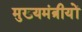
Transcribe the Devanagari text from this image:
मुख्यमंत्रीयों